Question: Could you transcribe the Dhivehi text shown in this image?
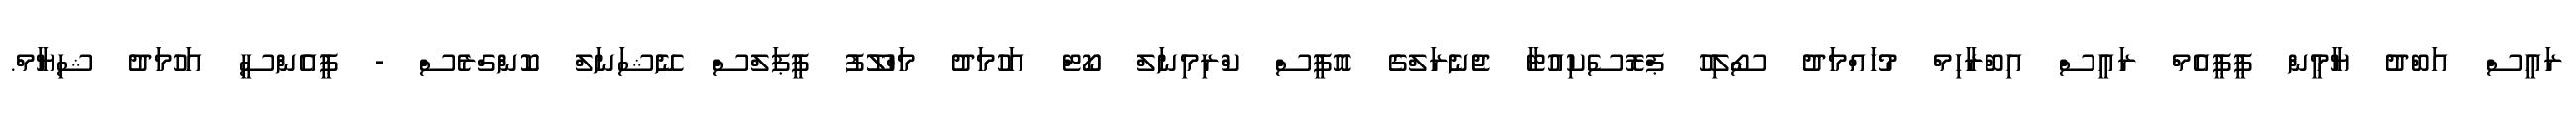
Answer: ރައީސް އަބްދު ޔާމީން ޕީޕީއެމް ރައީސް އިބްރާހިމް މުހައްމަދު ސޯލިހު ޕްރޮސެކިއުޓާ ޖެނެރަލްގެ އޮފީސް ކްރިމިނަލް ކޯޓް އަހުމަދު މަހްލޫފު ޕީޕަލްސް ނޭޝަނަލް ކޮންގްރެސް - ޕީއެންސީ އަހުމަދު ޝިޔާމް.